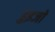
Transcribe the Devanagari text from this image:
हुइजो